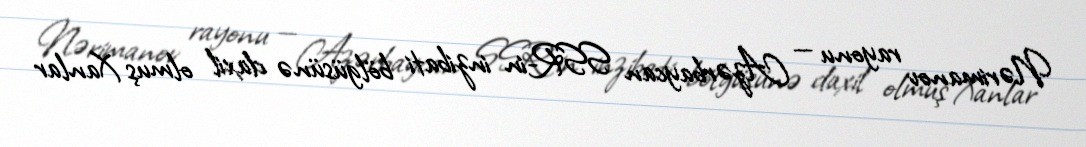
Nərimanov rayonu — Azərbaycan SSR-in inzibati bölgüsünə daxil olmuş Xanlar